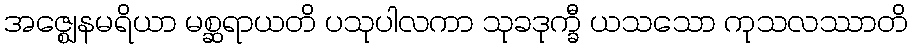
အဇ္ဈေနမရိယာ မစ္ဆရာယတိ ပသုပါလကာ သုခဒုက္ခီ ယသသော ကုသလဿာတိ